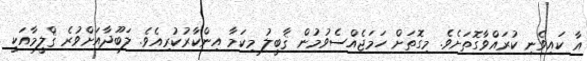
އާ ކައިވެނި ކުރައްވާގޮތަށެވެ. މިގޮތަށް ހަމަޖެއްސެވުމުން ޤާބީލު މިކަމާ އިންކާރުކުރިއެވެ. ލަބޫދާއަށްވުރެ ޤްލީމާއަކީ